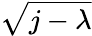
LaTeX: \sqrt{j-\lambda}